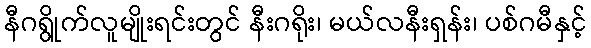
နီဂရွိုက်လူမျိုးရင်းတွင် နီးဂရိုး၊ မယ်လနီးရှန်း၊ ပစ်ဂမီနှင့်